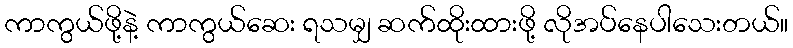
ကာကွယ်ဖို့နဲ့ ကာကွယ်ဆေး ရသမျှ ဆက်ထိုးထားဖို့ လိုအပ်နေပါသေးတယ်။